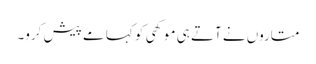
متاروں نے آتے ہی موکھی کو کہا مے پیش کرو۔